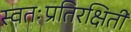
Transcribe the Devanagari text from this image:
स्वतःप्रतिरक्षिती